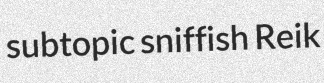
subtopic sniffish Reik